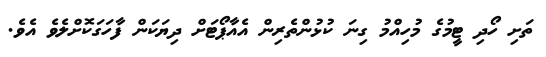
ތަށި ހޯދި ޓީމުގެ މުހިއްމު ގިނަ ކުޅުންތެރިން އެއާޕޯޓަށް ދިޔަކަން ފާހަގަކޮށްލެވެ އެވެ.